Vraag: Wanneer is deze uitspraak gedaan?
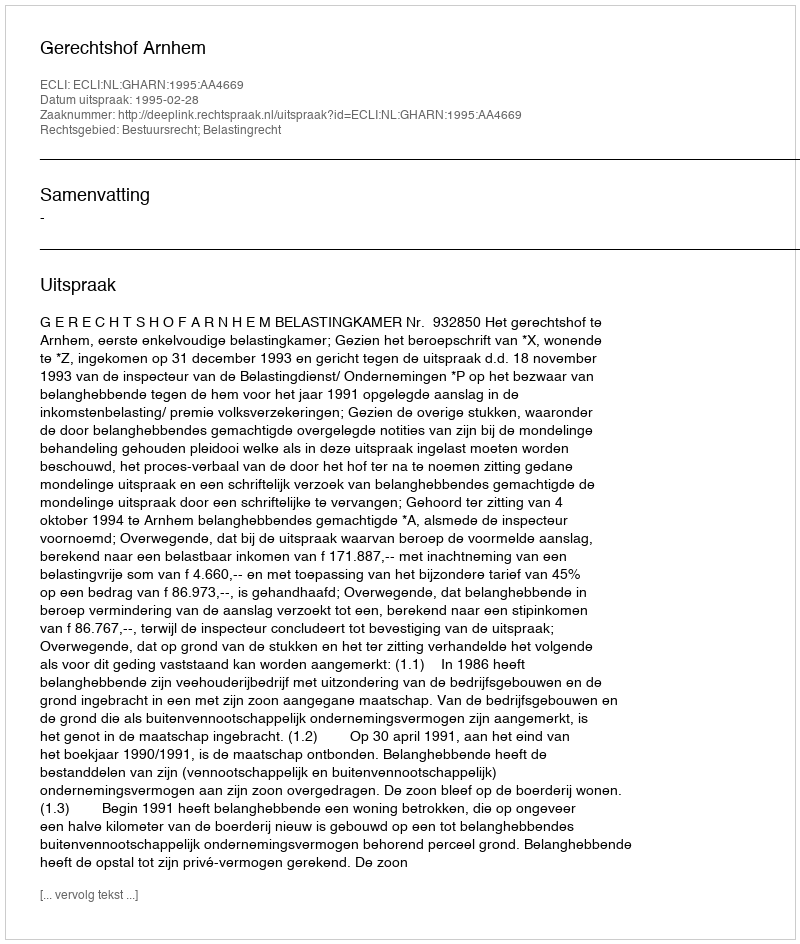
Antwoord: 1995-02-28